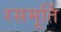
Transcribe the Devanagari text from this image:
रसमूर्ति